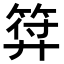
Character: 𭚚